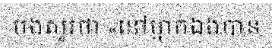
បងសួរថា «នៅម្នាក់ឯងបាន